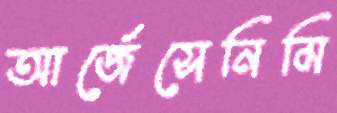
আর্জেসেনিমি